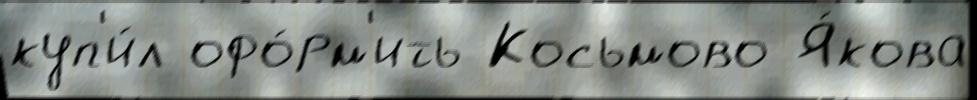
куп'и́л офо́рм'ить Косьмово Я́кова